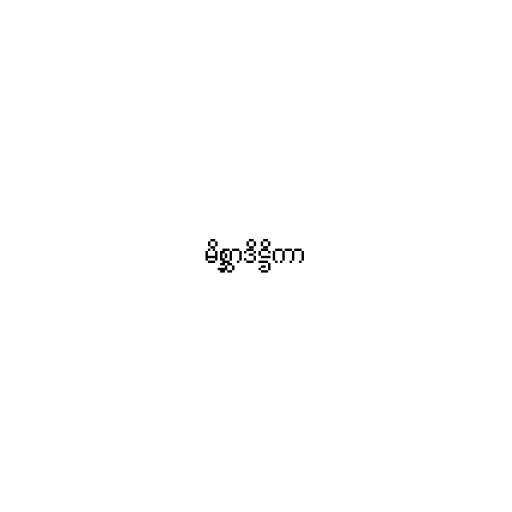
မိစ္ဆာဒိဋ္ဌိကာ